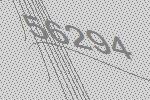
56294